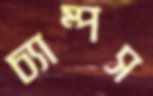
চ্যাম্পস